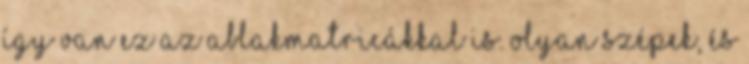
így van ez az ablakmatricákkal is. Olyan szépek, és